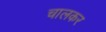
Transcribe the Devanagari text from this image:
चालकर